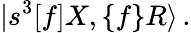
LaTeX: \vert s^{3}\lbrack f\rbrack X,\lbrace f\rbrace R\rangle\, .